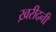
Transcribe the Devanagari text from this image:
ख़रीदनी